Papers set at the Examination for Leaving Certificates, 1895
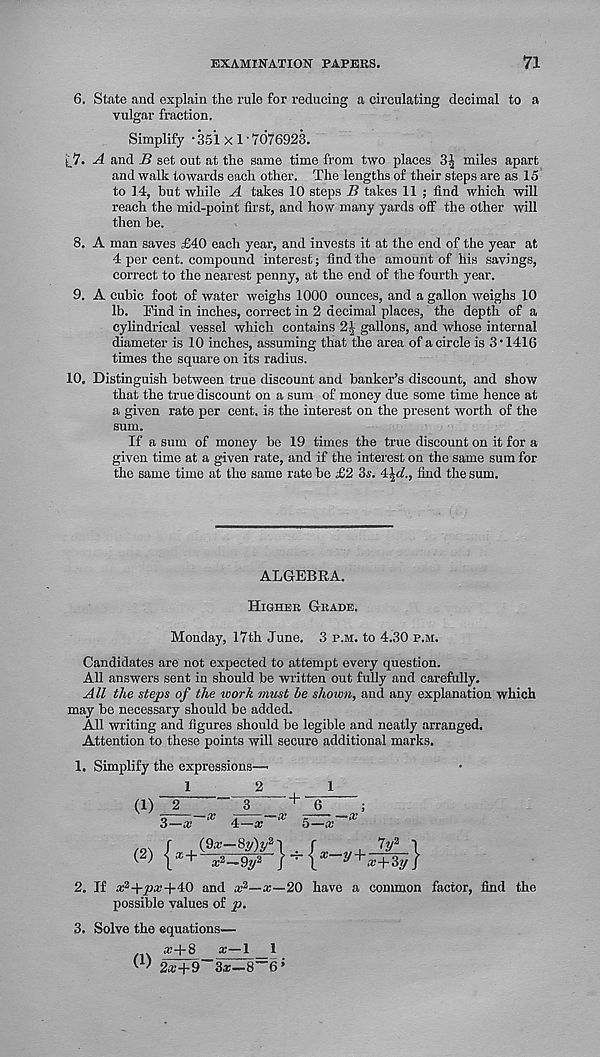
EXAMINATION PAPERS.
71
6. State and explain the rule for reducing a circulating decimal to a
vulgar fraction.
Simplify • 351 X 1'7076923.
t_7. A and B set out at the same time from two places 3^ miles apart
and walk towards each other. The lengths of their steps are as 15
to 14, but while A takes 10 steps B takes 11 ; find which will
reach the mid-point first, and how many yards off the other will
then be.
8. A man saves £40 each year, and invests it at the end of the year at
4 per cent, compound interest; find the amount of his savings,
correct to the nearest penny, at the end of the fourth year.
9. A cubic foot of water weighs 1000 ounces, and a gallon weighs 10
lb. Find in inches, correct in 2 decimal places, the depth of a
cylindrical vessel which contains
gallons, and whose internal
diameter is 10 inches, assuming that the area of a circle is 3 • 1416
times the square on its radius.
10. Distinguish between true discount and banker’s discount, and show
that the true discount on a sum of money due some time hence at
a given rate per cent, is the interest on the present worth of the
sum.
If a sum of money be 19 times the true discount on it for a
given time at a given rate, and if the interest on the same sum for
the same time at the same rate be £2 3s. tyd., find the sum.
ALGEBRA.
Higher Grade.
Monday, 17th June. 3 p.m. to 4.30 p.m.
Candidates are not expected to attempt every question.
All answers sent in should be written out fully and carefully.
All the steps of the work must be shown, and any explanation which
may be necessary should be added.
All writing and figures should be legible and neatly arranged.
Attention to these points will secure additional marks.
1. Simplify the expressions—
12
1
(1) 2
”3
+ 6
;
' '
/ y>
i i . . „0>
3iB j
it-
PC'
—cc
4—x
5—x
2. If a: 2 + pa;+40 and x 2 —x—20 have a common factor, find the
possible values of p.
3. Solve the equations—
x+8 a:—1 1
W 2x+9 3x-8~6 i